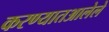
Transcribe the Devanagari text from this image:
करण्यातआलेले